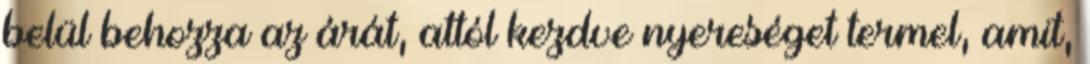
belül behozza az árát, attól kezdve nyereséget termel, amit,